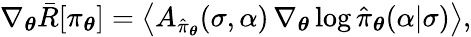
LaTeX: \nabla_{\boldsymbol{\theta}}\bar{R}[\pi_{\boldsymbol{\theta}}]=\left\langle A_{\hat{\pi}_{\boldsymbol{\theta}}}(\sigma,\alpha)\, \nabla_{\boldsymbol{\theta}}\log\hat{\pi}_{\boldsymbol{\theta}}(\alpha\vert\sigma)\right\rangle,